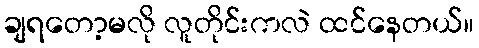
ချရတော့မလို လူတိုင်းကလဲ ထင်နေတယ်။